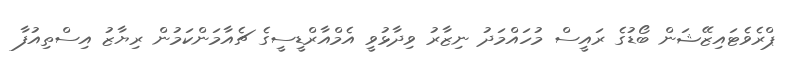
ޕްރެވެޓައިޒޭޝަން ބޯޑުގެ ރައީސް މުހައްމަދު ނިޒާރު ވިދާޅުވީ އެމްއާރްޑީސީގެ ޗެއާމަންކަމުން ރިޔާޒު އިސްތިއުފާ